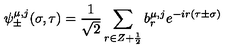
\psi _ { \pm } ^ { \mu , j } ( \sigma , \tau ) = \frac { 1 } { \sqrt 2 } \sum _ { r \in Z + \frac { 1 } { 2 } } b _ { r } ^ { \mu , j } e ^ { - i r ( \tau \pm \sigma ) }